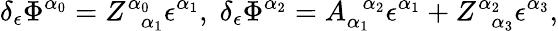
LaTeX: \delta_{\epsilon}\Phi^{\alpha_{0}}=Z_{\; \; \alpha_{1}}^{\alpha_{0}}\epsilon^{\alpha_{1}},\; \delta_{\epsilon}\Phi^{\alpha_{2}}=A_{\alpha_{1}}^{\; \; \alpha_{2}}\epsilon^{\alpha_{1}}+Z_{\; \; \alpha_{3}}^{\alpha_{2}}\epsilon^{\alpha_{3}},